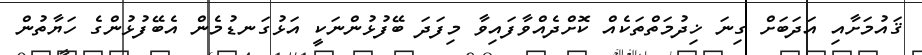
ޤައުމަށާއި އަދަބަށް ގިނަ ޚިދުމަތްތަކެއް ކޮށްދެއްވާފައިވާ މިފަދަ ބޭފުޅުންނަކީ އަޅުގަނޑުމެން އެބޭފުޅުންގެ ހަޔާތުން